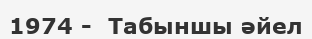
1974 -  Табыншы әйел